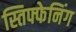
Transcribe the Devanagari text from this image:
स्तिफ्फेनिंग